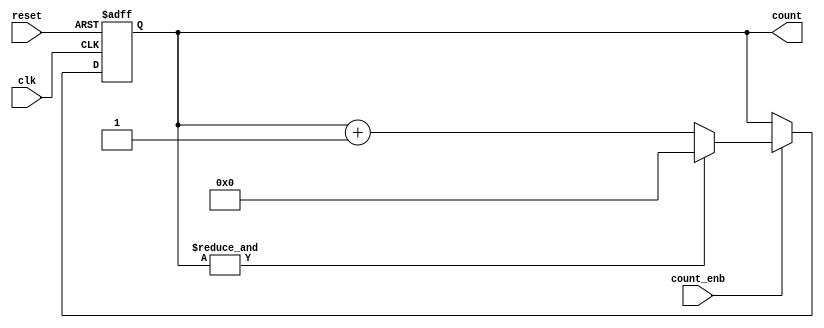
module counter_8bit_enable(
                clk,
                reset,
                count_enb,
                count
);
//wire&reg
input wire      clk;                       //  
input wire      reset;                     //  
input wire      count_enb;                 // Enable 
wire q1 ;
output reg [7:0] count;               //   



//logic
always @ (posedge clk, negedge reset)
    begin
        if (!reset) 
            begin                           //   
                count <= 8'b00000000;
            end
        else 
            if (count_enb) 
                begin // enable    
                    if (q1)
                        begin
                            count <= 8'b00000000;
                        end
                    else 
                        begin
                            count <= count + 1;
                        end
                end
    end

assign q1 = &count;


endmodule